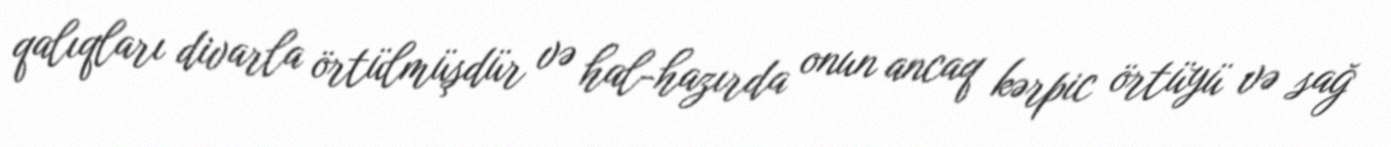
qalıqları divarla örtülmüşdür və hal-hazırda onun ancaq kərpic örtüyü və sağ